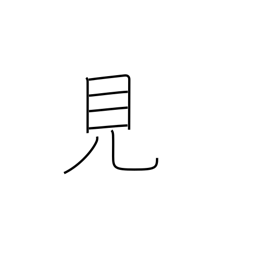
Meaning: visible